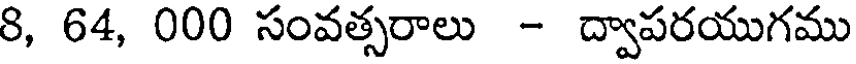
8, 64, 000 సంవత్సరాలు - ద్వాపరయుగము